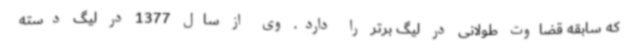
که سابقه قضاوت طولانی در لیگ برتر را دارد. وی از سال 1377 در لیگ دسته